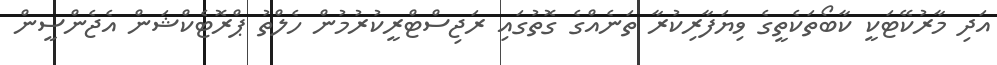
އަދި މާރުކޭޓަކީ ކާބޯތަކެތީގެ ވިޔަފާރިކުރާ ތަނެއްގެ ގޮތުގައި ރަޖިސްޓްރީކުރުމުން ހެލްތު ޕްރޮޓެކްޝަން އެޖެންސީން